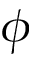
\phi